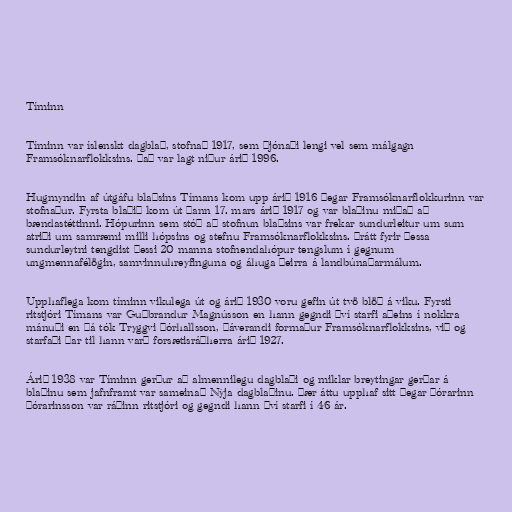
Tíminn

Tíminn var íslenskt dagblað, stofnað 1917, sem þjónaði lengi vel sem málgagn
Framsóknarflokksins. Það var lagt niður árið 1996.

Hugmyndin af útgáfu blaðsins Tímans kom upp árið 1916 þegar Framsóknarflokkurinn var
stofnaður. Fyrsta blaðið kom út þann 17. mars árið 1917 og var blaðinu miðað að
bændastéttinni. Hópurinn sem stóð að stofnun blaðsins var frekar sundurleitur um sum
atriði um samræmi milli hópsins og stefnu Framsóknarflokksins. Þrátt fyrir þessa
sundurleytni tengdist þessi 20 manna stofnendahópur tengslum í gegnum
ungmennafélögin, samvinnuhreyfinguna og áhuga þeirra á landbúnaðarmálum.

Upphaflega kom tíminn vikulega út og árið 1930 voru gefin út tvö blöð á viku. Fyrsti
ritstjóri Tímans var Guðbrandur Magnússon en hann gegndi því starfi aðeins í nokkra
mánuði en þá tók Tryggvi Þórhallsson, þáverandi formaður Framsóknarflokksins, við og
starfaði þar til hann varð forsætisráðherra árið 1927.

Árið 1938 var Tíminn gerður að almennilegu dagblaði og miklar breytingar gerðar á
blaðinu sem jafnframt var sameinað Nýja dagblaðinu. Þær áttu upphaf sitt þegar Þórarinn
Þórarinsson var ráðinn ritstjóri og gegndi hann því starfi í 46 ár.